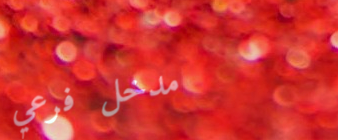
مدخل فرعي